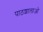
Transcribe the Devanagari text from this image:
पाठशालाओ